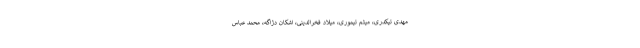
مهدی تیکدری، میثم تیموری، میلاد فخرالدینی، اشکان دژاگه، محمد عباس